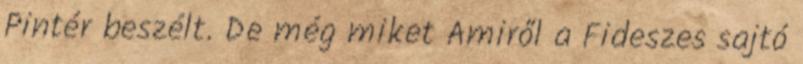
Pintér beszélt. De még miket Amiről a Fideszes sajtó